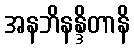
အနဘိနန္ဒိတာနိ